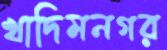
খাদিমনগর